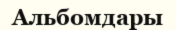
Альбомдары